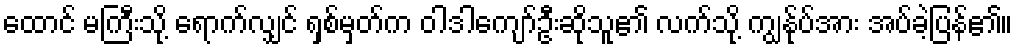
ထောင် မကြီးသို့ ရောက်လျှင် ရှစ်မှတ်က ဝါဒါကျော်ဦးဆိုသူ၏ လက်သို့ ကျွန်ုပ်အား အပ်ခဲ့ပြန်၏။